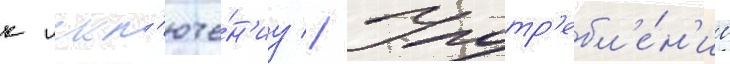
к искл'юче́н'иу // Употр'ебл'е́н'ие